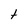
Character: t